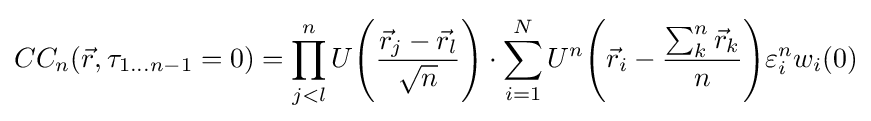
CC_{n}({\vec {r}},\tau _{1\ldots n-1}=0)=\prod _{j<l}^{n}U{\Bigg (}{\frac {{\vec {r}}_{j}-{\vec {r}}_{l}}{\sqrt {n}}}{\Bigg )}\cdot \sum _{i=1}^{N}U^{n}{\Bigg (}{\vec {r}}_{i}-{\frac {\sum _{k}^{n}{\vec {r}}_{k}}{n}}{\Bigg )}\varepsilon _{i}^{n}w_{i}(0)